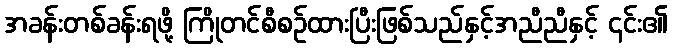
အခန်းတစ်ခန်းရဖို့ ကြိုတင်စီစဉ်ထားပြီးဖြစ်သည်နှင့်အညီညီနှင့် ၄င်း၏